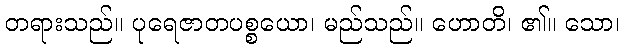
တရားသည်။ ပုရေဇာတပစ္စယော၊ မည်သည်။ ဟောတိ၊ ၏။ သော၊